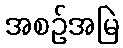
အစဉ်အမြဲ